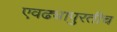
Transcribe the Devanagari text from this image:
एवढ्यापुरतीच